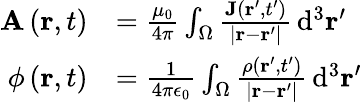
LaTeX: {\begin{array}{rl}{\mathbf{A}\left(\mathbf{r},t\right)}&{={\frac{\mu_{0}}{4\pi}}\int_{\Omega}{\frac{\mathbf{J}\left(\mathbf{r}^{\prime},t^{\prime}\right)}{\left|\mathbf{r}-\mathbf{r}^{\prime}\right|}}\, \mathrm{d}^{3}\mathbf{r}^{\prime}}\\ {\phi\left(\mathbf{r},t\right)}&{={\frac{1}{4\pi\epsilon_{0}}}\int_{\Omega}{\frac{\rho\left(\mathbf{r}^{\prime},t^{\prime}\right)}{\left|\mathbf{r}-\mathbf{r}^{\prime}\right|}}\, \mathrm{d}^{3}\mathbf{r}^{\prime}}\end{array}}